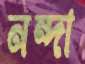
নন্দা